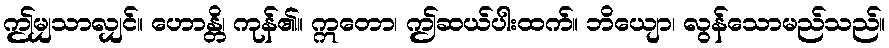
ဤမျှသာလျှင်။ ဟောန္တိ၊ ကုန်၏။ ဣတော၊ ဤဆယ်ပါးထက်။ ဘိယျော၊ လွန်သောမည်သည်။